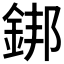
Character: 𨧜